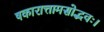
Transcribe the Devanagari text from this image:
षकारात्तामसोद्भवः।